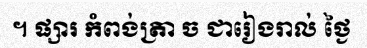
។ ផ្សារ កំពង់ត្រា ច ជារៀងរាល់ ថ្ងៃ